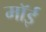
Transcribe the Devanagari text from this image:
मॉई